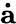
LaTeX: \mathbf{\dot{a}}